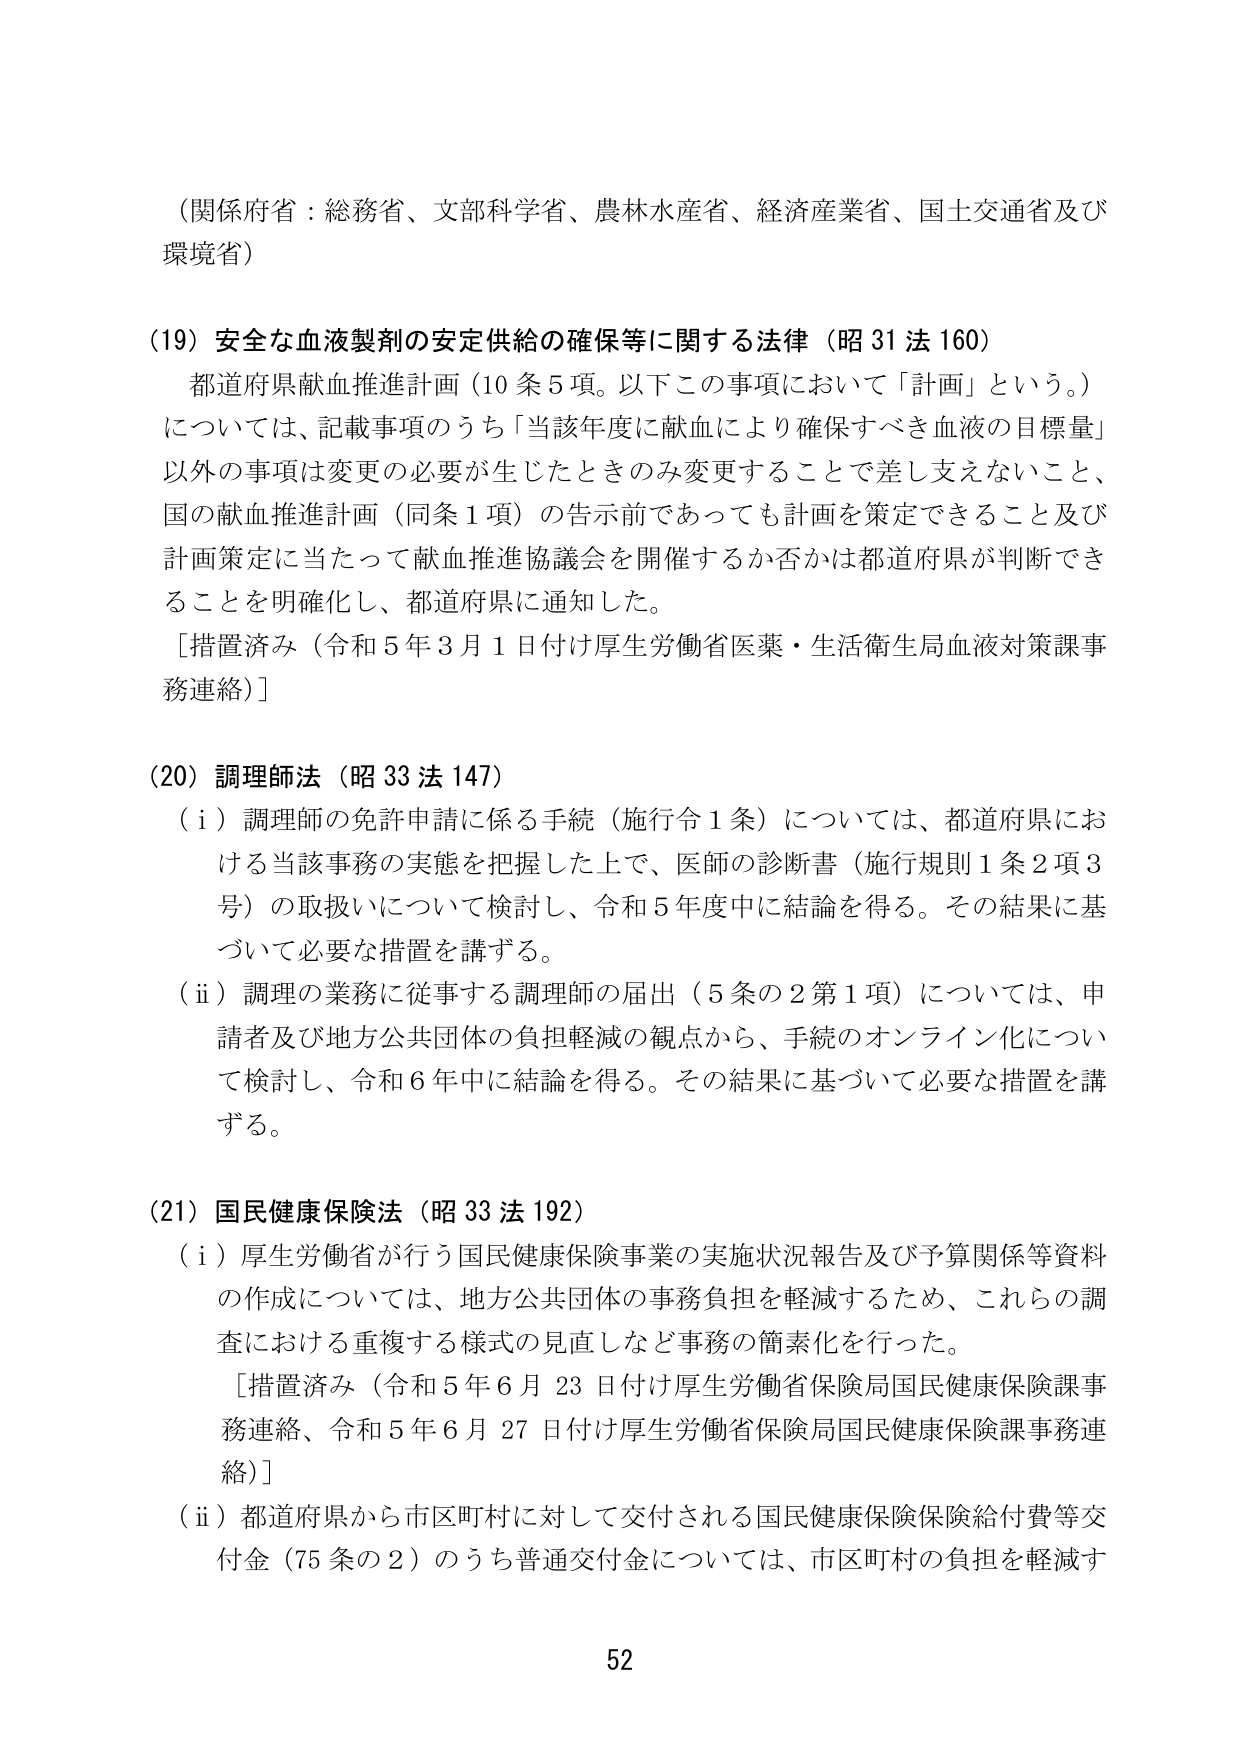
（関係府省：総務省、文部科学省、農林水産省、経済産業省、国土交通省及び環境省）

（19）安全な血液製剤の安定供給の確保等に関する法律（昭31法160）
　都道府県献血推進計画（10条5項。以下この事項において「計画」という。）については、記載事項のうち「当該年度に献血により確保すべき血液の目標量」以外の事項は変更の必要が生じたときのみ変更することで差し支えないこと、国の献血推進計画（同条1項）の告示前であっても計画を策定できること及び計画策定に当たって献血推進協議会を開催するか否かは都道府県が判断できることを明確化し、都道府県に通知した。
　［措置済み（令和5年3月1日付け厚生労働省医薬・生活衛生局血液対策課事務連絡）］

（20）調理師法（昭33法147）
　（i）調理師の免許申請に係る手続（施行令1条）については、都道府県における当該事務の実態を把握した上で、医師の診断書（施行規則1条2項3号）の取扱いについて検討し、令和5年度中に結論を得る。その結果に基づいて必要な措置を講ずる。
　（ii）調理の業務に従事する調理師の届出（5条の2第1項）については、申請者及び地方公共団体の負担軽減の観点から、手続のオンライン化について検討し、令和6年中に結論を得る。その結果に基づいて必要な措置を講ずる。

（21）国民健康保険法（昭33法192）
　（i）厚生労働省が行う国民健康保険事業の実施状況報告及び予算関係等資料の作成については、地方公共団体の事務負担を軽減するため、これらの調査における重複する様式の見直しなど事務の簡素化を行った。
　［措置済み（令和5年6月23日付け厚生労働省保険局国民健康保険課事務連絡、令和5年6月27日付け厚生労働省保険局国民健康保険課事務連絡）］
　（ii）都道府県から市区町村に対して交付される国民健康保険保険給付費等交付金（75条の2）のうち普通交付金については、市区町村の負担を軽減す

52